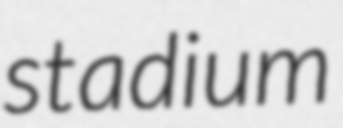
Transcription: stadium